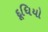
દૂધિયો